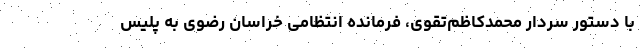
با دستور سردار محمدکاظم‌تقوی، فرمانده انتظامی خراسان رضوی به پلیس